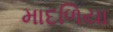
માદળિયા